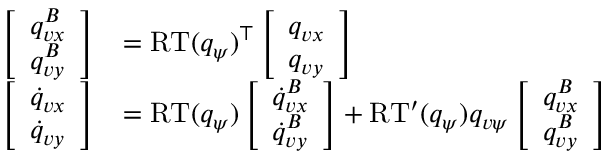
\begin{array} { r l } { \left[ \begin{array} { l } { q _ { v x } ^ { B } } \\ { q _ { v y } ^ { B } } \end{array} \right] } & { = \mathrm { R T } ( q _ { \psi } ) ^ { \top } \left[ \begin{array} { l } { q _ { v x } } \\ { q _ { v y } } \end{array} \right] } \\ { \left[ \begin{array} { l } { \dot { q } _ { v x } } \\ { \dot { q } _ { v y } } \end{array} \right] } & { = \mathrm { R T } ( q _ { \psi } ) \left[ \begin{array} { l } { \dot { q } _ { v x } ^ { B } } \\ { \dot { q } _ { v y } ^ { B } } \end{array} \right] + \mathrm { R T } ^ { \prime } ( q _ { \psi } ) q _ { v \psi } \left[ \begin{array} { l } { q _ { v x } ^ { B } } \\ { q _ { v y } ^ { B } } \end{array} \right] } \end{array}